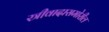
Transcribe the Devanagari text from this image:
स्त्रीवादासमोरील